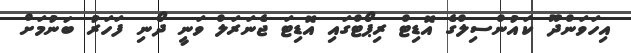
އިހަވަންދޫ ކައުންސިލްގެ އޮޑިޓް ރިޕޯޓްގައި އޮޑިޓަ ޖެނަރަލް ވަނީ ދޯނި ފަހަރު ބަނުމަށް